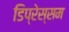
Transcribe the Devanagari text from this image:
डिप्रेस्सम